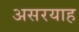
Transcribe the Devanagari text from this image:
असरयाह